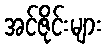
အင်ဇိုင်းများ